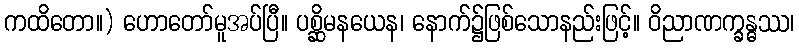
ကထိတော။) ဟောတော်မူအပ်ပြီ။ ပစ္ဆိမနယေန၊ နောက်၌ဖြစ်သောနည်းဖြင့်။ ဝိညာဏက္ခန္ဓဿ၊